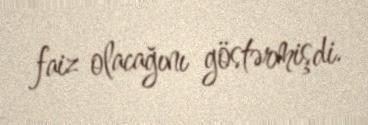
faiz olacağını göstərmişdi.